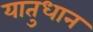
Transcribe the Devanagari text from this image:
यातुधान